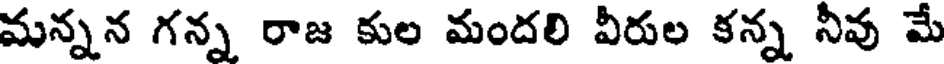
మన్నన గన్న రాజ కుల మందలి వీరుల కన్న నీవు మే